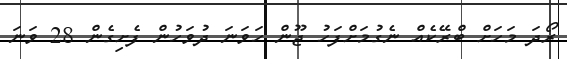
ރޯދަ މަހަށް ބްރޭކެއް ނެގުމަށްފަހު ޖޫން ހަވަނަ ދުވަހުން ފެށިގެން 28 ވަނަ